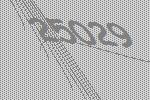
25029